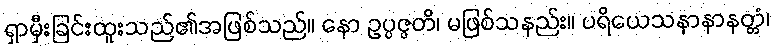
ရှာမှီးခြင်းထူးသည်၏အဖြစ်သည်။ နော ဥပ္ပဇ္ဇတိ၊ မဖြစ်သနည်း။ ပရိယေသနာနာနတ္တံ၊